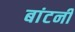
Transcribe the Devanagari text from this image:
बांटनी